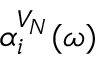
\alpha _ { i } ^ { V _ { N } } ( \omega )